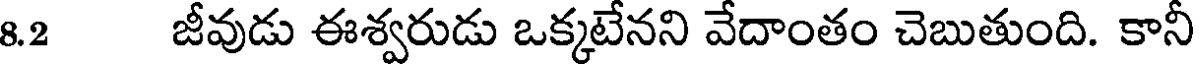
8.2 జీవుడు ఈశ్వరుడు ఒక్కటేనని వేదాంతం చెబుతుంది. కానీ